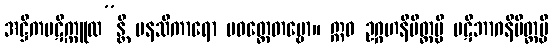
အဋ္ဌိကပဋိက္ကူလ”န္တိ မနသိကာရော ပဝတ္တေတဗ္ဗော။ ဣဓ ဥဂ္ဂဟနိမိတ္တမ္ပိ ပဋိဘာဂနိမိတ္တမ္ပိ